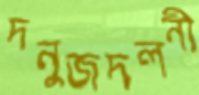
দনুজদলনী